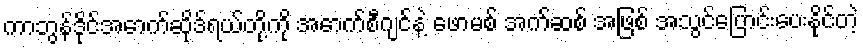
ကာဘွန်ဒိုင်အောက်ဆိုဒ်ရယ်တို့ကို အောက်စီဂျင်နဲ့ ဖောမစ် အက်ဆစ် အဖြစ် အသွင်ပြောင်းပေးနိုင်တဲ့